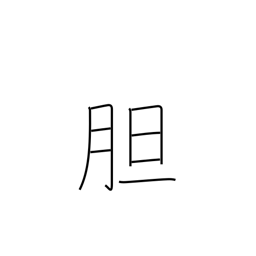
Meaning: courage